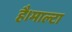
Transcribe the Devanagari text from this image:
है।माल्टा